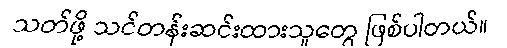
သတ်ဖို့ သင်တန်းဆင်းထားသူတွေ ဖြစ်ပါတယ်။